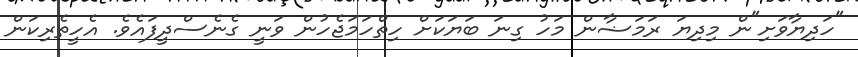
"ހަދިޔާވަށި"ން މިދިޔަ ރަމަޟާން މަހު ގިނަ ބަޔަކަށް ހިތްހަމަޖެހުން ވަނީ ގެނެސްދީފައެވެ. އެހީތެރިކަން